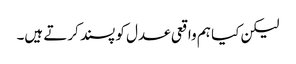
لیکن کیا ہم واقعی عدل کو پسند کرتے ہیں۔